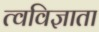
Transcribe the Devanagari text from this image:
त्वविज्ञाता